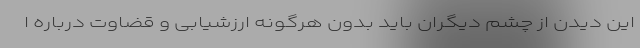
این دیدن از چشم دیگران باید بدون هرگونه ارزشیابی و قضاوت درباره ا